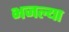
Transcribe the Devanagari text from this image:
भजल्या